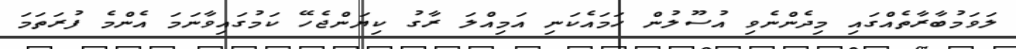
ލަވަމުބާރާތެއްގައި މިދެންނެވި އުސޫލުން ހަމައެކަނި އަމިއްލަ ރާގު ކިޔަންޖެހޭ ކަމުގައިވާނަމަ އެންމެ ފުރަތަމަ